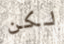
لكن